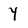
Character: Y